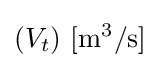
(V_{t})\ \mathrm {[m^{3}/s]}